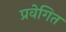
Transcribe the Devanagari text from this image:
प्रवेगित